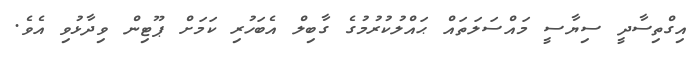
އިގްތިސާދީ ސިޔާސީ މައްސަލަތައް ޙައްލުކުރުމުގެ ގާބިލް އެބަހުރި ކަމަށް ޕޫޓިން ވިދާޅުވި އެވެ.